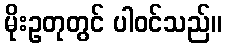
မိုးဥတုတွင် ပါဝင်သည်။